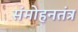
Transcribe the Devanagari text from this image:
संमोहनतंत्र